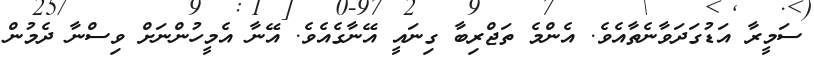
ސަމީރާ އަޑުގަދަވާނެތާއެވެ. އެންމެ ތަޖްރިބާ ގިނައީ އޭނާގެއެވެ. އޭނާ އެމީހުންނަށް ވިސްނާ ދެމުން